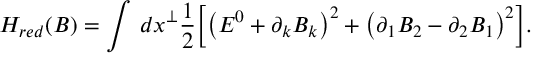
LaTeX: H _ { r e d } ( B ) = \int \, d x ^ { \perp } \frac { 1 } { 2 } \Big [ \big ( E ^ { 0 } + \partial _ { k } B _ { k } \big ) ^ { 2 } + \big ( \partial _ { 1 } B _ { 2 } - \partial _ { 2 } B _ { 1 } \big ) ^ { 2 } \Big ] .